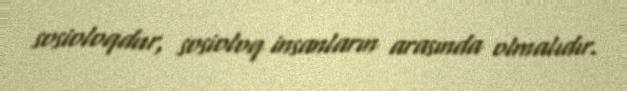
sosioloqdur, sosioloq insanların arasında olmalıdır.